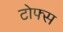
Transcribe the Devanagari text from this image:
टोफ्स